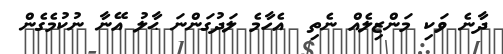
ދާނެ ވަކި މަންޒިލެއް ނެތި  އެހާމެ ލަދުގަންނަ ޙާލު އޭނާ ނުކުމެގެން